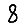
Digit: 8